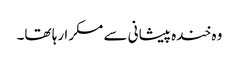
وہ خندہ پیشانی سے مسکرا رہا تھا۔